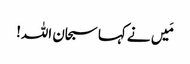
مَیں نے کہا سبحان اللہ!